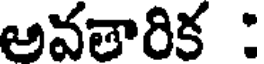
అవతారిక :